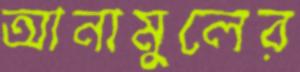
আনামুলের